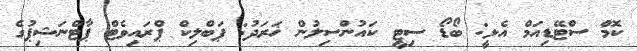
ކޮމް ސްޓޭޑިއަމް އެޅީ: ބޯޑޯ ސިޓީ ކައުންސިލުން ޚަރަދު: ޕަބްލިކް ޕްރައިވެޓް ޕާޓްނަޝިޕުގެ